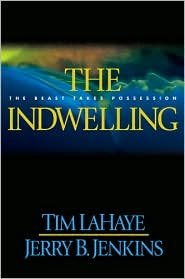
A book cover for The Indwelling (Left Behind #7); Tim LaHaye; Religion & Spirituality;